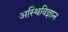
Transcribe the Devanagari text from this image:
अस्थिविज्ञान